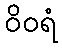
ဝိဝရံ